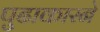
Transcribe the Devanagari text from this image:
पुढाकारने